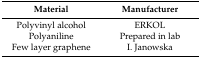
| Material | Manufacturer |
 | --- | --- |
 | Polyvinyl alcohol | ERKOL |
 | Polyaniline | Prepared in lab |
 | Few layer graphene | I. Janowska |